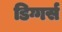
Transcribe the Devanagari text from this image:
डिग्गर्स